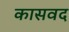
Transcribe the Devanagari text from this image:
कासवद